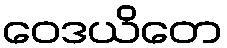
ဝေဒယိတေ